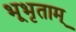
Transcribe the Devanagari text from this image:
भूभृताम्